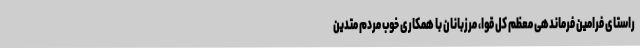
راستای فرامین فرماندهی معظم کل قوا، مرزبانان با همکاری خوب مردم متدین